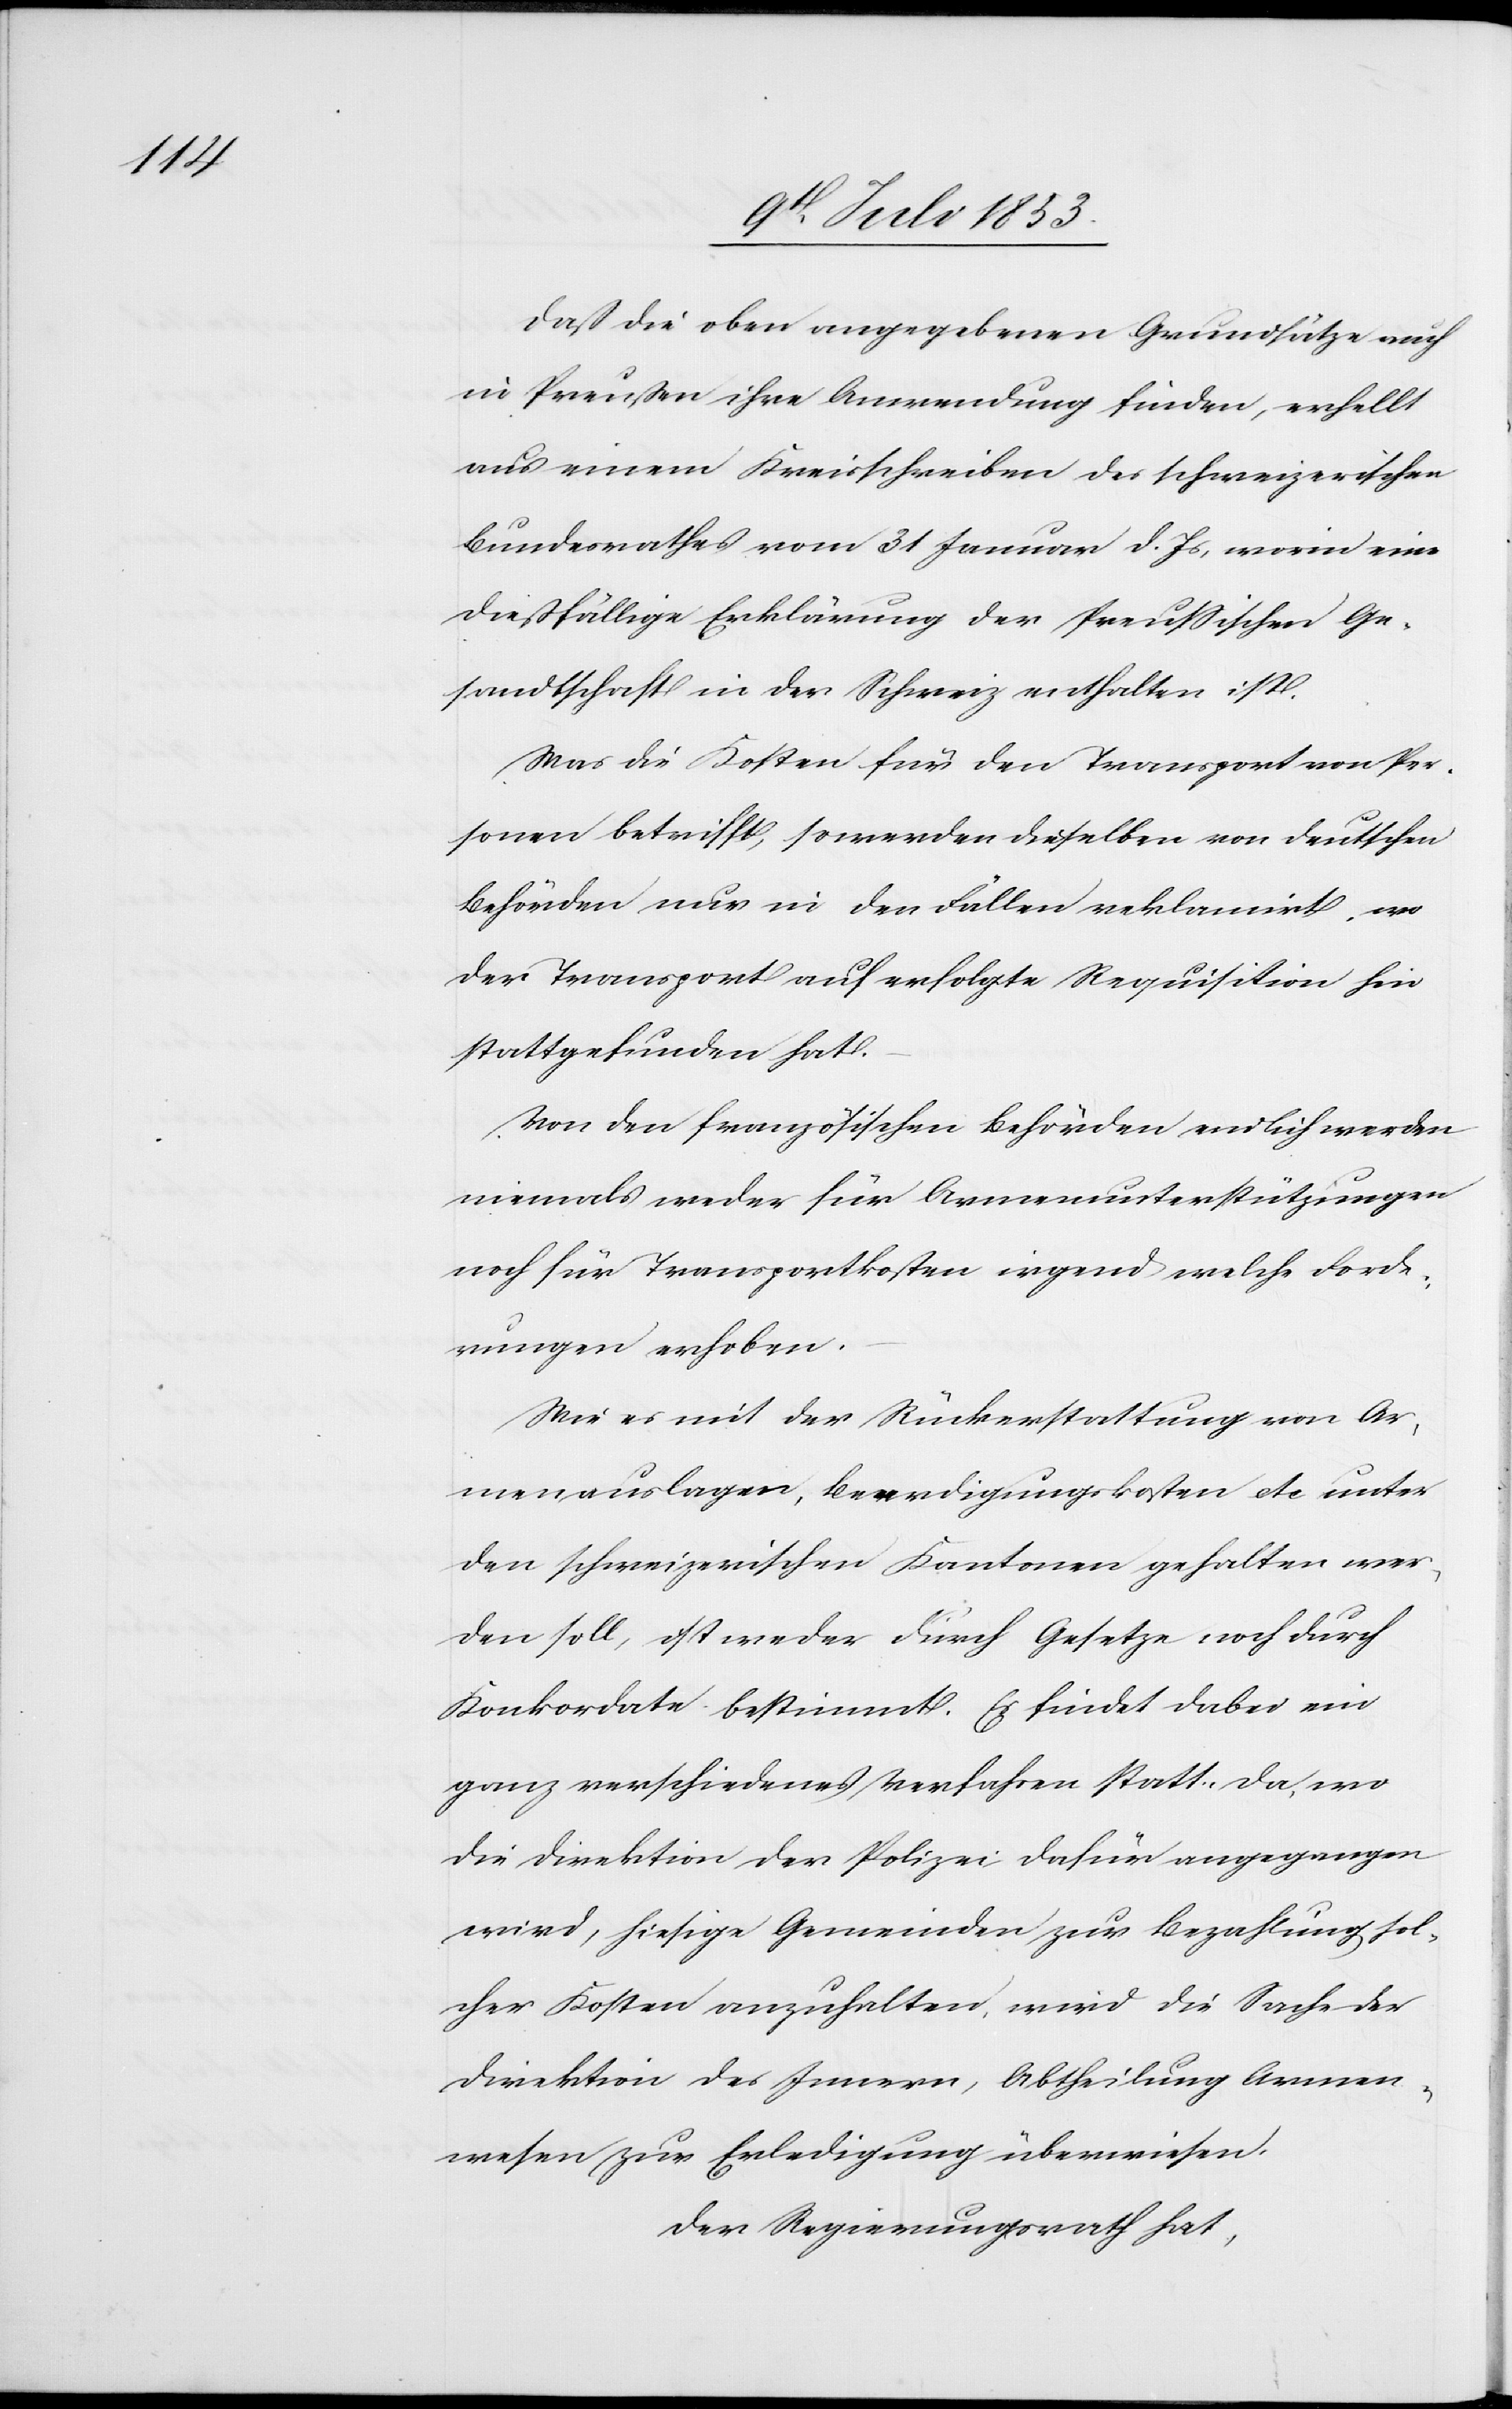
daß die oben angegebenen Grundsätze auch
in Preußen ihre Anwendung finden, erhellt
aus einem Kreisschreiben des schweizerischen
Bunderathes vom 31 Januar d. Js., worin eine
dießfällige Erklärung der Preußischen Ge¬
sandtschaft in der Schweiz enthalten ist.
Was die Kosten für den Transport von Per¬
sonen betrifft, so werden dieselben von deutschen
Behörden nur in den Fällen reklamirt, wo
der Transport auf erfolgte Requisition hin
stattgefunden hat.
Von den französischen Behörden endlich werden
niemals weder für Armenunterstützungen
noch für Transporte irgend welche Forde¬
rungen erhoben.
Wie es mit der Rückerstattung von Ar¬
menauslagen, Beerdigungskosten etc unter
den schweizerischen Kantonen gehalten wer¬
den soll, ist weder durch Gesetze noch durch
Konkordate bestimmt. Es findet dabei ein
ganz verschiedenes Verfahren statt. Da, wo
die Direktion der Polizei dafür angegangen
wird, hiesige Gemeinden zur Bezahlung sol¬
cher Kosten anzuhalten, wird die Sache der
Direktion des Innern, Abtheilung Armen¬
wesen zur Erledigung überwiesen.
Der Regierungsrath hat,